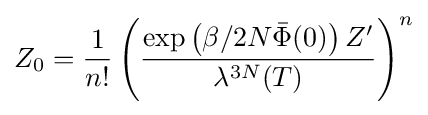
Z_{0}={\frac {1}{n!}}\left({\frac {\exp \left(\beta /2N{\bar {\Phi }}(0)\right)Z'}{\lambda ^{3N}(T)}}\right)^{n}